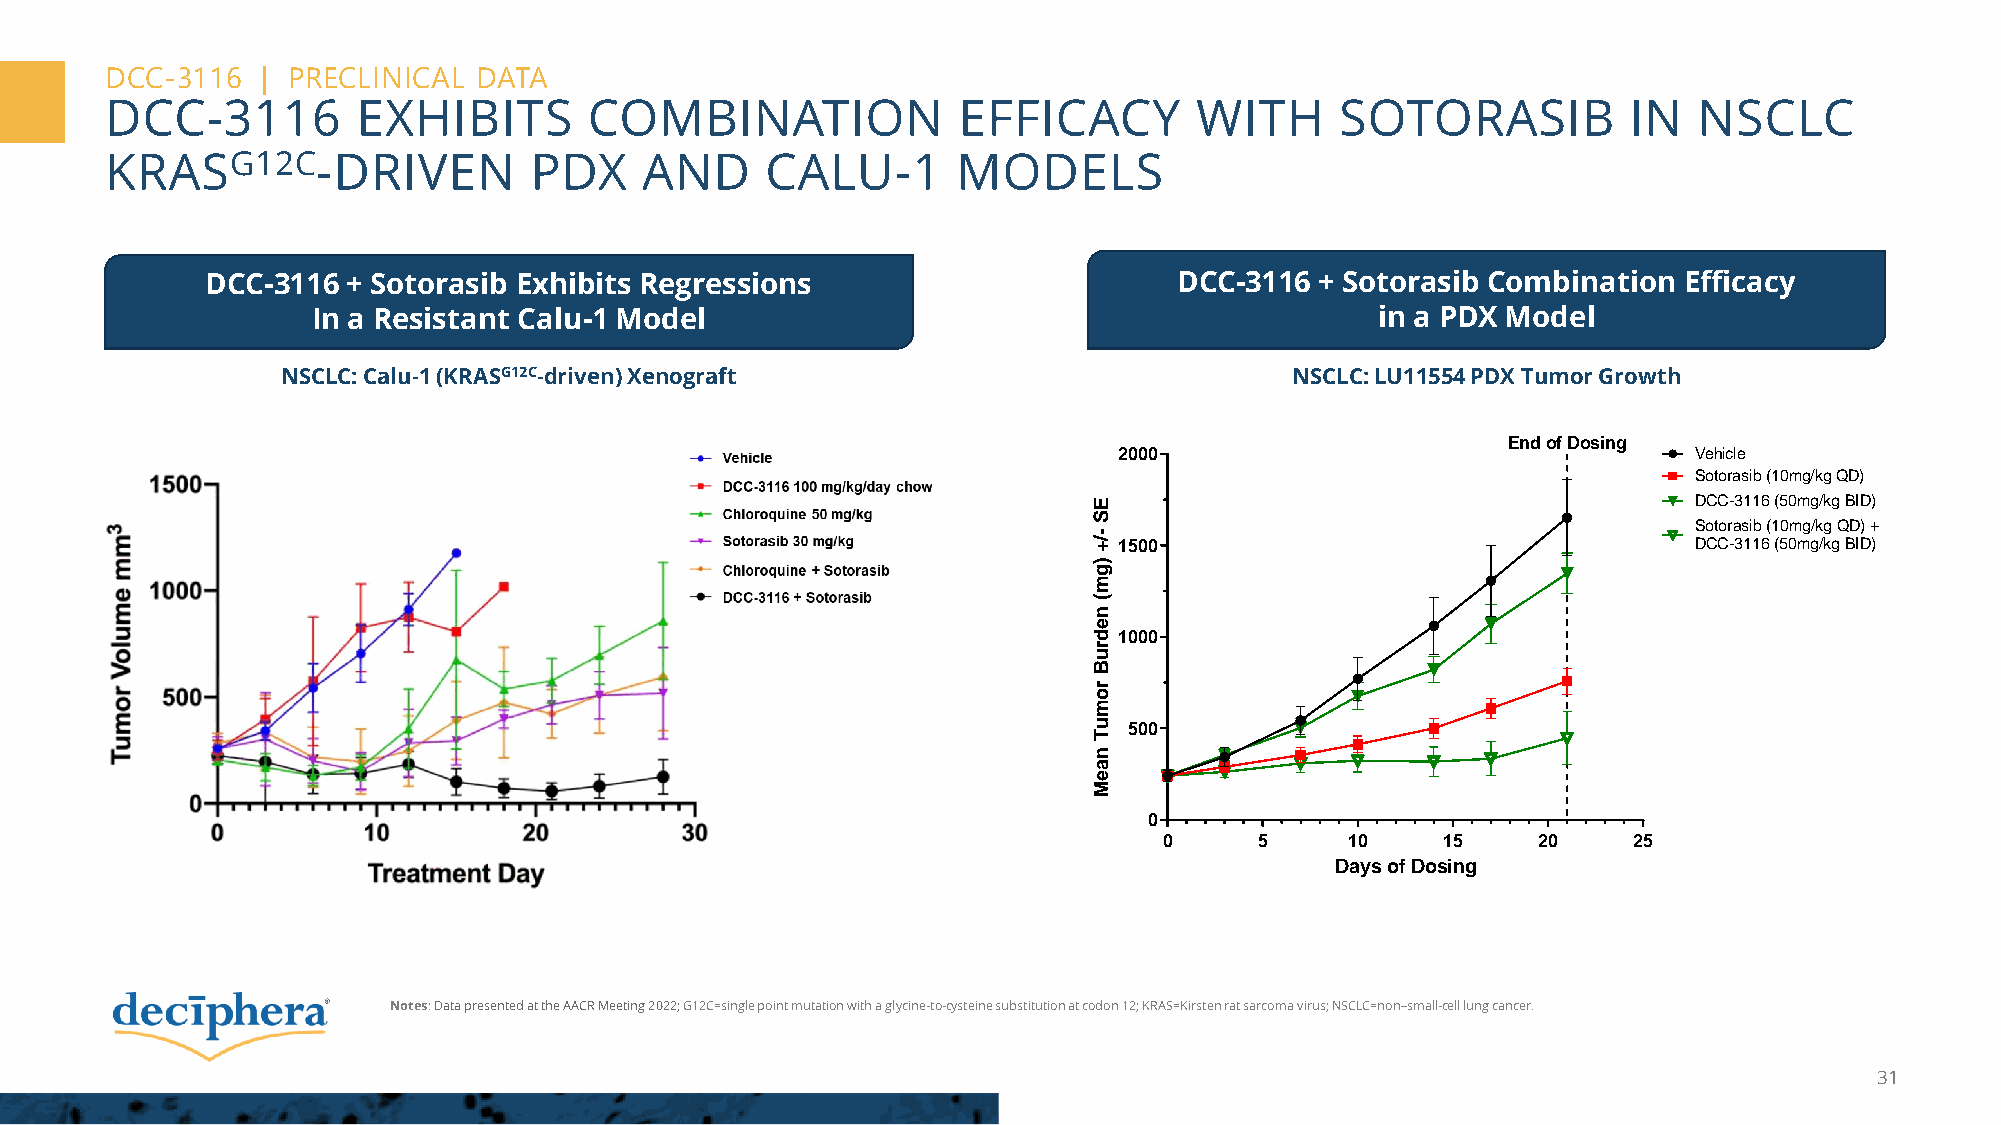
LU11554 PDX Tumor Growth
 DCC-3116 combination with Sotorasib
 DCC-3116  | PRECLINICAL  DATA
 DCC-3116         EXHIBITS       COMBINATION             EFFICACY        WITH      SOTORASIB         20I00N NSCLC         End of Dosing
 KRASG12C-DRIVEN             PDX    AND      CALU-1      MODELS                                     E S
 -/+1500
 )g
 m
 (
 n
 e
 d1000
 DCC-3116 + Sotorasib Exhibits Regressions                       DCC-3116 + Sotorasib
 Combinru
 Bation Efficacy
 ro
 In a Resistant Calu-1 Model                                           in a PDX Modelm
 u 500
 T
 n
 a
 NSCLC: Calu-1 (KRASG12C-driven) Xenograft                       LU1N15S5C4L CP:D LXU 1T1u5m5o4 rP GDrXo Twuthmor e MGrowth
 DCC-3116 combination with Sotorasib
 0
 0     5   10   15    20   25
 End of Dosing      Days of Dosing
 2000                                  Vehicle
 Sotorasib (10mg/kg QD)
 E                                       DCC-3116 (50mg/kg BID)
 S
 -
 Sotorasib (10mg/kg QD) +
 /+1500                                  DCC-3116 (50mg/kg BID)
 )
 g
 m
 (
 n
 e
 d1000
 r
 u
 B
 r
 o
 m
 u  500
 T
 n
 a
 e
 M
 0
 0     5     10    15     20    25
 Days of Dosing
 Vehicle
 Sotorasib (10mg/kg QD)
 DCC-3116 (50mg/kg BID)
 Sotorasib (10mg/kg QD) +
 DCC-3116 (50mg/kg BID)
 Notes: Data presented at the AACR Meeting 2022; G12C=single point mutation with a glycine-to-cysteine substitution at codon 12; KRAS=Kirstenrat sarcoma virus; NSCLC=non–small-cell lung cancer.
 31